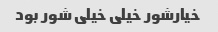
خیارشور خیلی خیلی شور بود